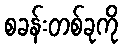
စခန်းတစ်ခုကို